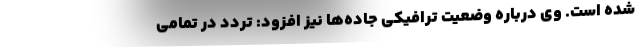
شده است. وی درباره وضعیت ترافیکی جاده‌ها نیز افزود: تردد در تمامی